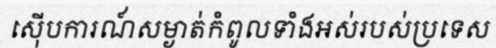
ស៊ើបការណ៍សម្ងាត់កំពូលទាំងអស់របស់ប្រទេស